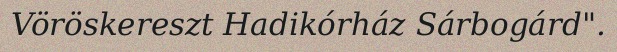
Vöröskereszt Hadikórház Sárbogárd".